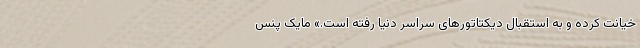
خیانت کرده و به استقبال دیکتاتورهای سراسر دنیا رفته است.» مایک پنس